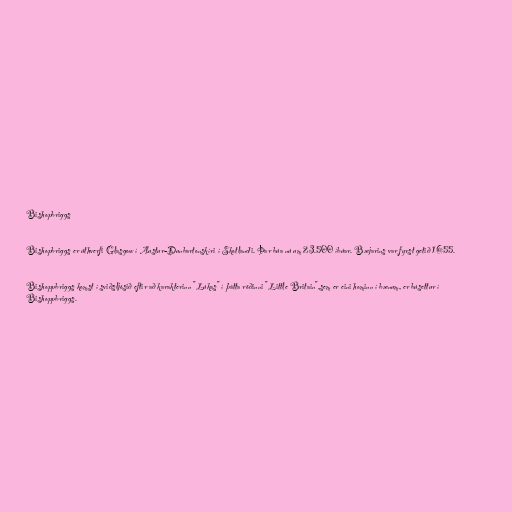
Bishopbriggs

Bishopbriggs er úthverfi Glasgow í Austur-Dunbartonskíri í Skotlandi. Þar búa nú um 23.500 íbúar. Bæjarins var fyrst getið 1655.

Bishoppbriggs komst í sviðsljósið eftir að karakterinn "Lúkas" í þátta röðinni "Little Britain",sem er eini hominn í bænum, er búsettur í
Bishoppbriggs.